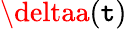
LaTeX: \deltaa(\mathtt{t})